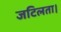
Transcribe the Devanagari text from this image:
जटिलता।